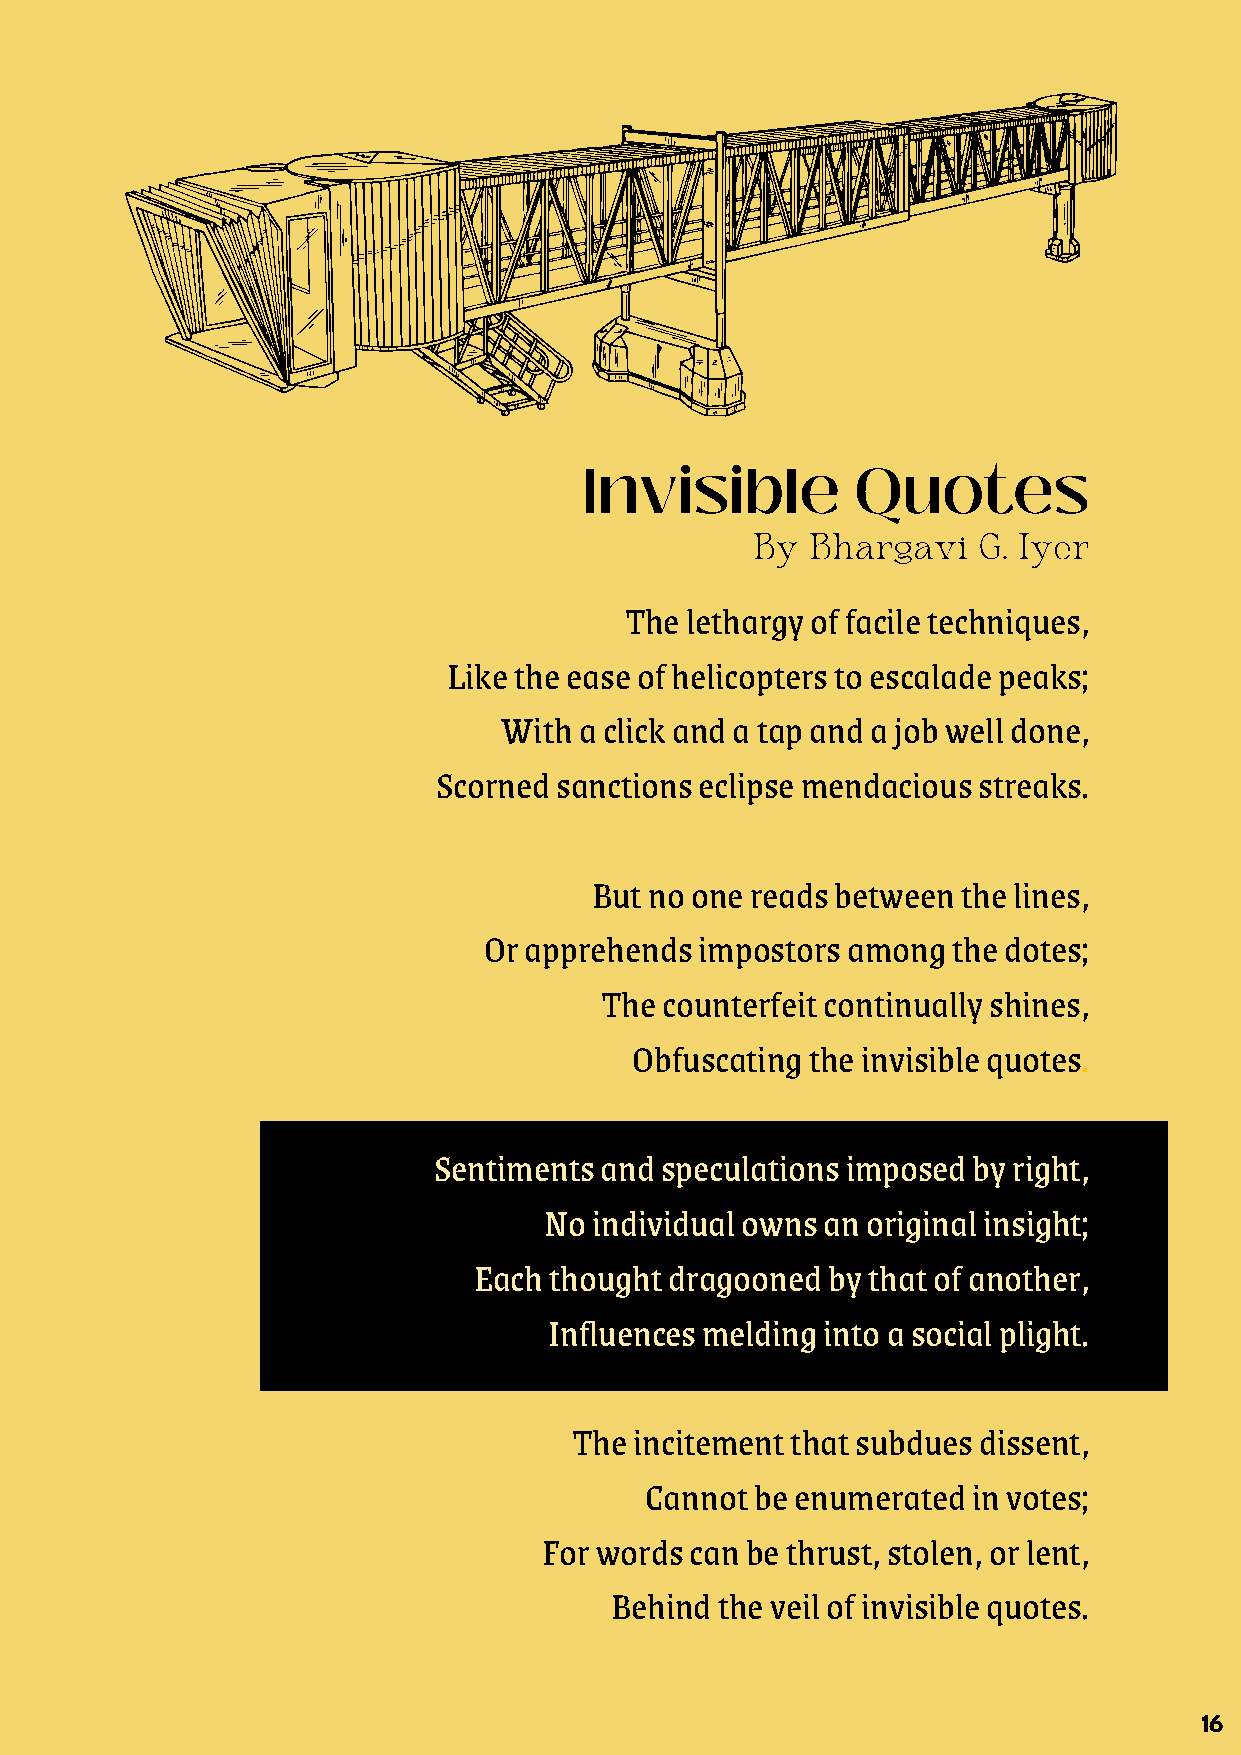
Invisible         Quotes
 By  Bhargavi   G. Iyer
 The lethargy of facile techniques,
 Like the ease of helicopters to escalade peaks;
 With a click and a tap and a job well done,
 Scorned sanctions eclipse mendacious streaks.
 But no one reads between the lines,
 Or apprehends impostors among  the dotes;
 The counterfeit continually shines,
 Obfuscating the invisible quotes.
 Sentiments and speculations imposed by right,
 No individual owns an original insight;
 Each thought dragooned  by that of another,
 Influences melding into a social plight.
 The incitement that subdues dissent,
 Cannot be enumerated in votes;
 For words can be thrust, stolen, or lent,
 Behind the veil of invisible quotes.
 16